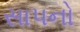
સાપનો